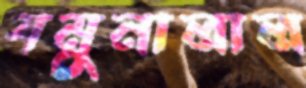
যমুনালাল